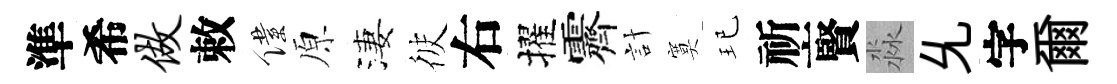
準希做敕僕原淒彼右擢霽計寞玘祈賢淼𠃔字爾